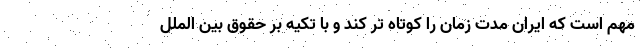
مهم است که ایران مدت زمان را کوتاه تر کند و با تکیه بر حقوق بین الملل